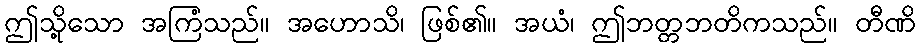
ဤသို့သော အကြံသည်။ အဟောသိ၊ ဖြစ်၏။ အယံ၊ ဤဘတ္တဘတိကသည်။ တီဏိ